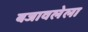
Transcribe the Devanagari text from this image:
बजावलेला